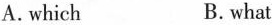
A.which B.what